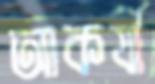
আকর্ষী